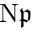
\mathrm { N } { \mathfrak { p } }